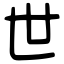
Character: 世